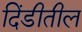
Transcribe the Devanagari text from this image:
दिंडीतील